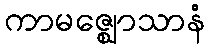
ကာမဇ္ဈောသာနံ